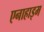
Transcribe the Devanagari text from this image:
एनाहाइम